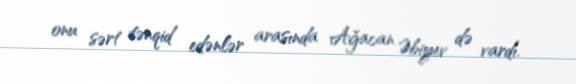
onu sərt tənqid edənlər arasında Ağacan Əbiyev də vardı.